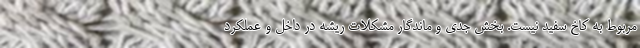
مربوط به کاخ سفید نیست. بخش جدی و ماندگار مشکلات ریشه در داخل و عملکرد